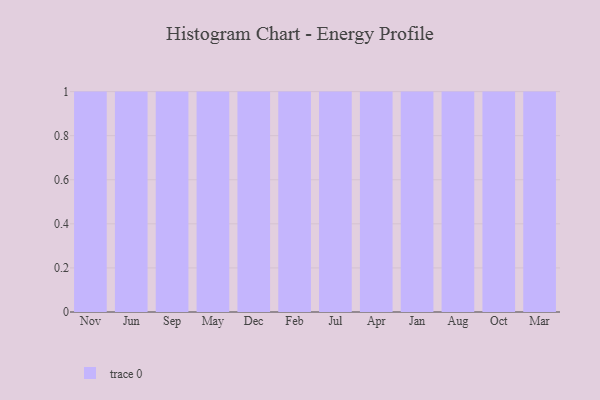
{"axis": {"x": "Month", "y": "Waste Production (Tons)"}, "legend": [""], "data": [{"x": "Nov", "y": 39, "type": ""}, {"x": "Jun", "y": 27, "type": ""}, {"x": "Sep", "y": 33, "type": ""}, {"x": "May", "y": 45, "type": ""}, {"x": "Dec", "y": 82, "type": ""}, {"x": "Feb", "y": 98, "type": ""}, {"x": "Jul", "y": 43, "type": ""}, {"x": "Apr", "y": 93, "type": ""}, {"x": "Jan", "y": 83, "type": ""}, {"x": "Aug", "y": 60, "type": ""}, {"x": "Oct", "y": 89, "type": ""}, {"x": "Mar", "y": 79, "type": ""}]}